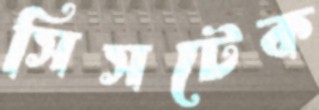
সিসটেক